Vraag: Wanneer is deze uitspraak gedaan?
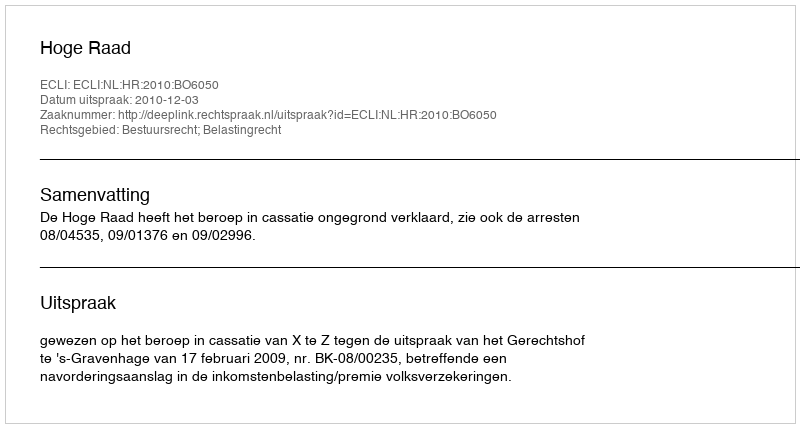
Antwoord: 2010-12-03